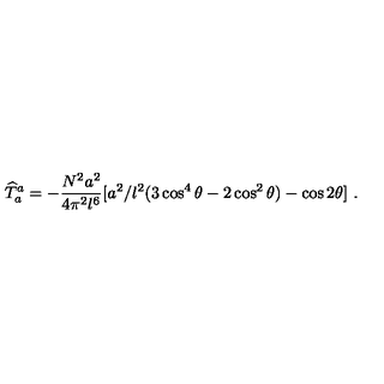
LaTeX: { \widehat T } _ { a } ^ { a } = - { \frac { N ^ { 2 } a ^ { 2 } } { 4 \pi ^ { 2 } l ^ { 6 } } } [ a ^ { 2 } / l ^ { 2 } ( 3 \cos ^ { 4 } { \theta } - 2 \cos ^ { 2 } { \theta } ) - \cos { 2 \theta } ] \ .